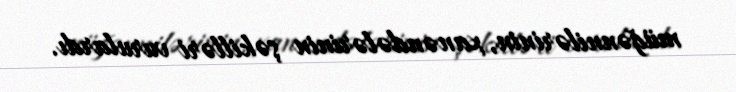
müğənnilərinin, xanəndələrinin şəkilləri vurulardı.